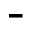
\bar { }